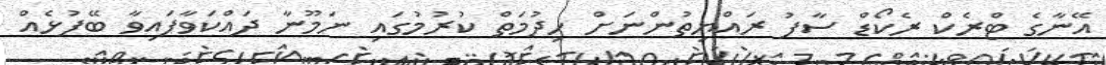
އޭނާގެ ޓްރެކް ރެކޯޑް ސާފު ރައްޔިތުންނަށް ހިދުމަތް ކުރުމުގައި ނަމޫނާ ދައްކަވާފައިވާ ބޭފުޅެއް